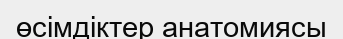
өсімдіктер анатомиясы